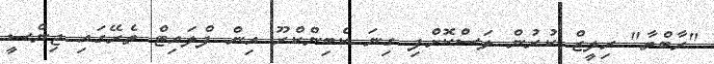
"ރާބްތާ" ރިލީޒް ކުރުން ލަސްކޮށްފި ގިނަ ކެބިންކްރޫ އިން ފްލައިޓް ތެރޭގައި ޖިންސީ